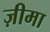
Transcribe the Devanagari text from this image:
ज़ीमा